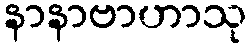
နာနာဗာဟာသု